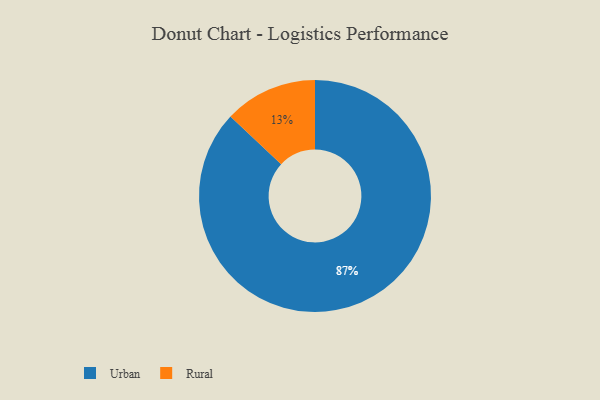
{"axis": {"x": "Category", "y": "Percentage"}, "legend": ["Rural", "Urban"], "data": [{"x": "Urban", "y": 87, "type": "Urban"}, {"x": "Rural", "y": 13, "type": "Rural"}]}